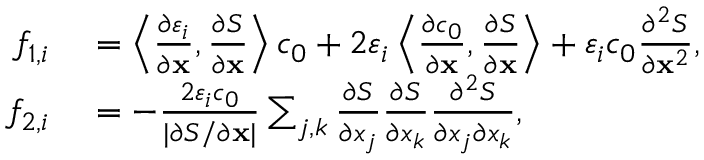
\begin{array} { r l } { f _ { 1 , i } } & { { } = \left\langle \frac { \partial \varepsilon _ { i } } { \partial \mathbf { x } } , \frac { \partial S } { \partial \mathbf { x } } \right\rangle c _ { 0 } + 2 \varepsilon _ { i } \left\langle \frac { \partial c _ { 0 } } { \partial \mathbf { x } } , \frac { \partial S } { \partial \mathbf { x } } \right\rangle + \varepsilon _ { i } c _ { 0 } \frac { \partial ^ { 2 } S } { \partial \mathbf { x } ^ { 2 } } , } \\ { f _ { 2 , i } } & { { } = - \frac { 2 \varepsilon _ { i } c _ { 0 } } { | \partial S / \partial \mathbf { x } | } \sum _ { j , k } \frac { \partial S } { \partial x _ { j } } \frac { \partial S } { \partial x _ { k } } \frac { \partial ^ { 2 } S } { \partial x _ { j } \partial x _ { k } } , } \end{array}